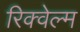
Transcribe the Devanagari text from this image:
रिक्वेल्म